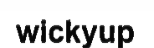
wickyup